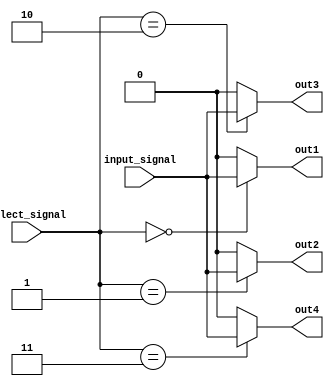
module demux(
    input wire input_signal,
    input wire [1:0] select_signal,
    output wire out1,
    output wire out2,
    output wire out3,
    output wire out4
);

assign out1 = (select_signal == 2'b00) ? input_signal : 1'b0;
assign out2 = (select_signal == 2'b01) ? input_signal : 1'b0;
assign out3 = (select_signal == 2'b10) ? input_signal : 1'b0;
assign out4 = (select_signal == 2'b11) ? input_signal : 1'b0;

endmodule